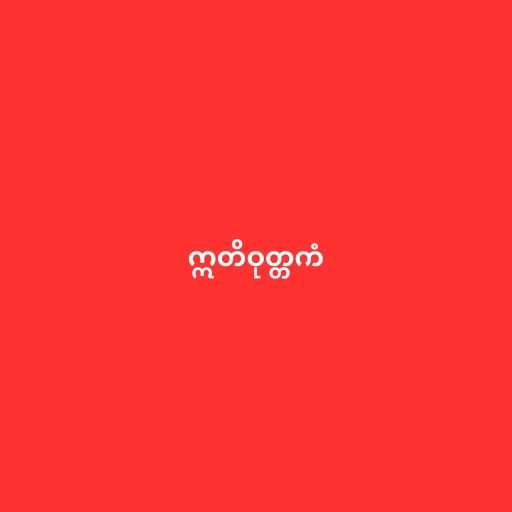
ဣတိဝုတ္တကံ